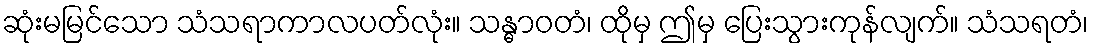
ဆုံးမမြင်သော သံသရာကာလပတ်လုံး။ သန္ဓာဝတံ၊ ထိုမှ ဤမှ ပြေးသွားကုန်လျက်။ သံသရတံ၊